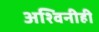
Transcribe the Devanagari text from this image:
अश्विनीही